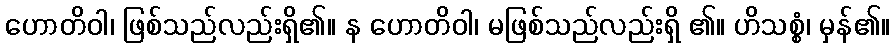
ဟောတိဝါ၊ ဖြစ်သည်လည်းရှိ၏။ န ဟောတိဝါ၊ မဖြစ်သည်လည်းရှိ ၏။ ဟိသစ္စံ၊ မှန်၏။